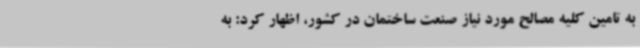
به تامین کلیه‌ مصالح مورد نیاز صنعت ساختمان در کشور، اظهار کرد: به